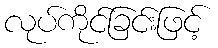
လုပ်ကိုင်ခြင်းဖြင့်